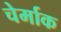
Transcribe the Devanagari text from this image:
चेर्माक